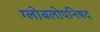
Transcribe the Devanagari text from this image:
ग्लोबलोपनिषद